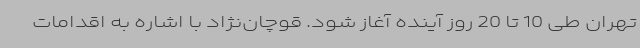
تهران طی 10 تا 20 روز آینده آغاز شود. قوچان‌نژاد با اشاره به اقدامات